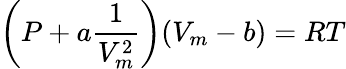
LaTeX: \left(P+a{\frac{1}{V_{m}^{2}}}\right)(V_{m}-b)=RT